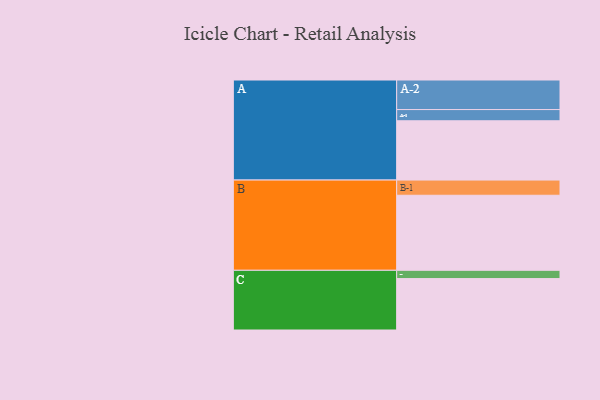
{"axis": {"x": "Segment", "y": "Value"}, "legend": ["", "A", "B", "C"], "data": [{"x": "A", "y": 429, "type": ""}, {"x": "B", "y": 543, "type": ""}, {"x": "C", "y": 372, "type": ""}, {"x": "A-1", "y": 81, "type": "A"}, {"x": "A-2", "y": 214, "type": "A"}, {"x": "B-1", "y": 110, "type": "B"}, {"x": "C-1", "y": 60, "type": "C"}]}